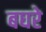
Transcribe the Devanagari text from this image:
बघरे